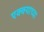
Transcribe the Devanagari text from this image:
एक्क्याच्या